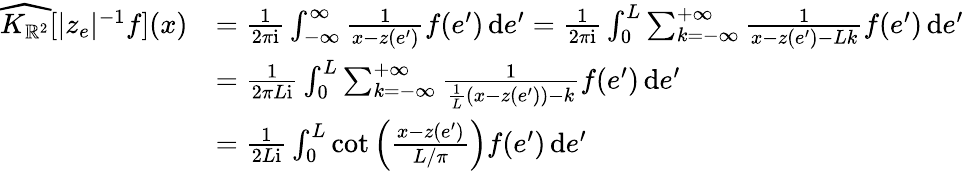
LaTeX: \begin{array}{rl}{\widehat{K_{\mathbb{R}^{2}}}[|z_{e}|^{-1}f](x)}&{=\frac 1{2\pi\mathrm{i}}\int_{-\infty}^{\infty}\frac{1}{x-z(e^{\prime})}f(e^{\prime})\, \mathrm{d}e^{\prime}=\frac 1{2\pi\mathrm{i}}\int_{0}^{L}\sum_{k=-\infty}^{+\infty}\frac{1}{x-z(e^{\prime})-Lk}f(e^{\prime})\, \mathrm{d}e^{\prime}}\\ &{=\frac{1}{2\pi L\mathrm{i}}\int_{0}^{L}\sum_{k=-\infty}^{+\infty}\frac{1}{\frac{1}{L}(x-z(e^{\prime}))-k}f(e^{\prime})\, \mathrm{d}e^{\prime}}\\ &{=\frac 1{2L\mathrm{i}}\int_{0}^{L}\cot\Big(\frac{x-z(e^{\prime})}{L/\pi}\Big)f(e^{\prime})\, \mathrm{d}e^{\prime}}\end{array}